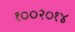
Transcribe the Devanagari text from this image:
१००२०१४